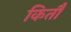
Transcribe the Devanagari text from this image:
कितौ